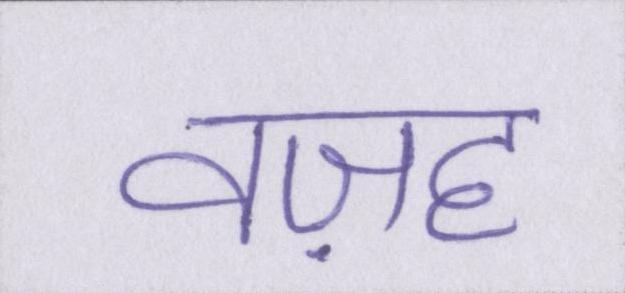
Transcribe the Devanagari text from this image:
वज़ह